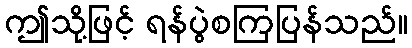
ဤသို့ဖြင့် ရန်ပွဲစကြပြန်သည်။